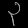
Digit: ၃